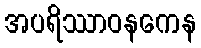
အပရိဿာဝနကေန